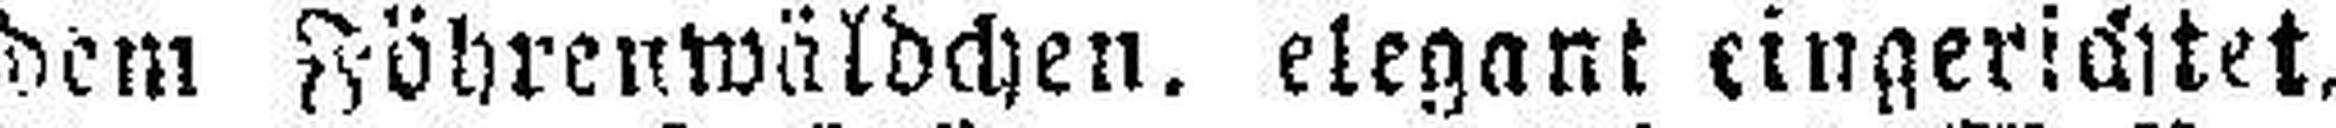
dem Föhrenwäldchen. elegant eingerichtet,